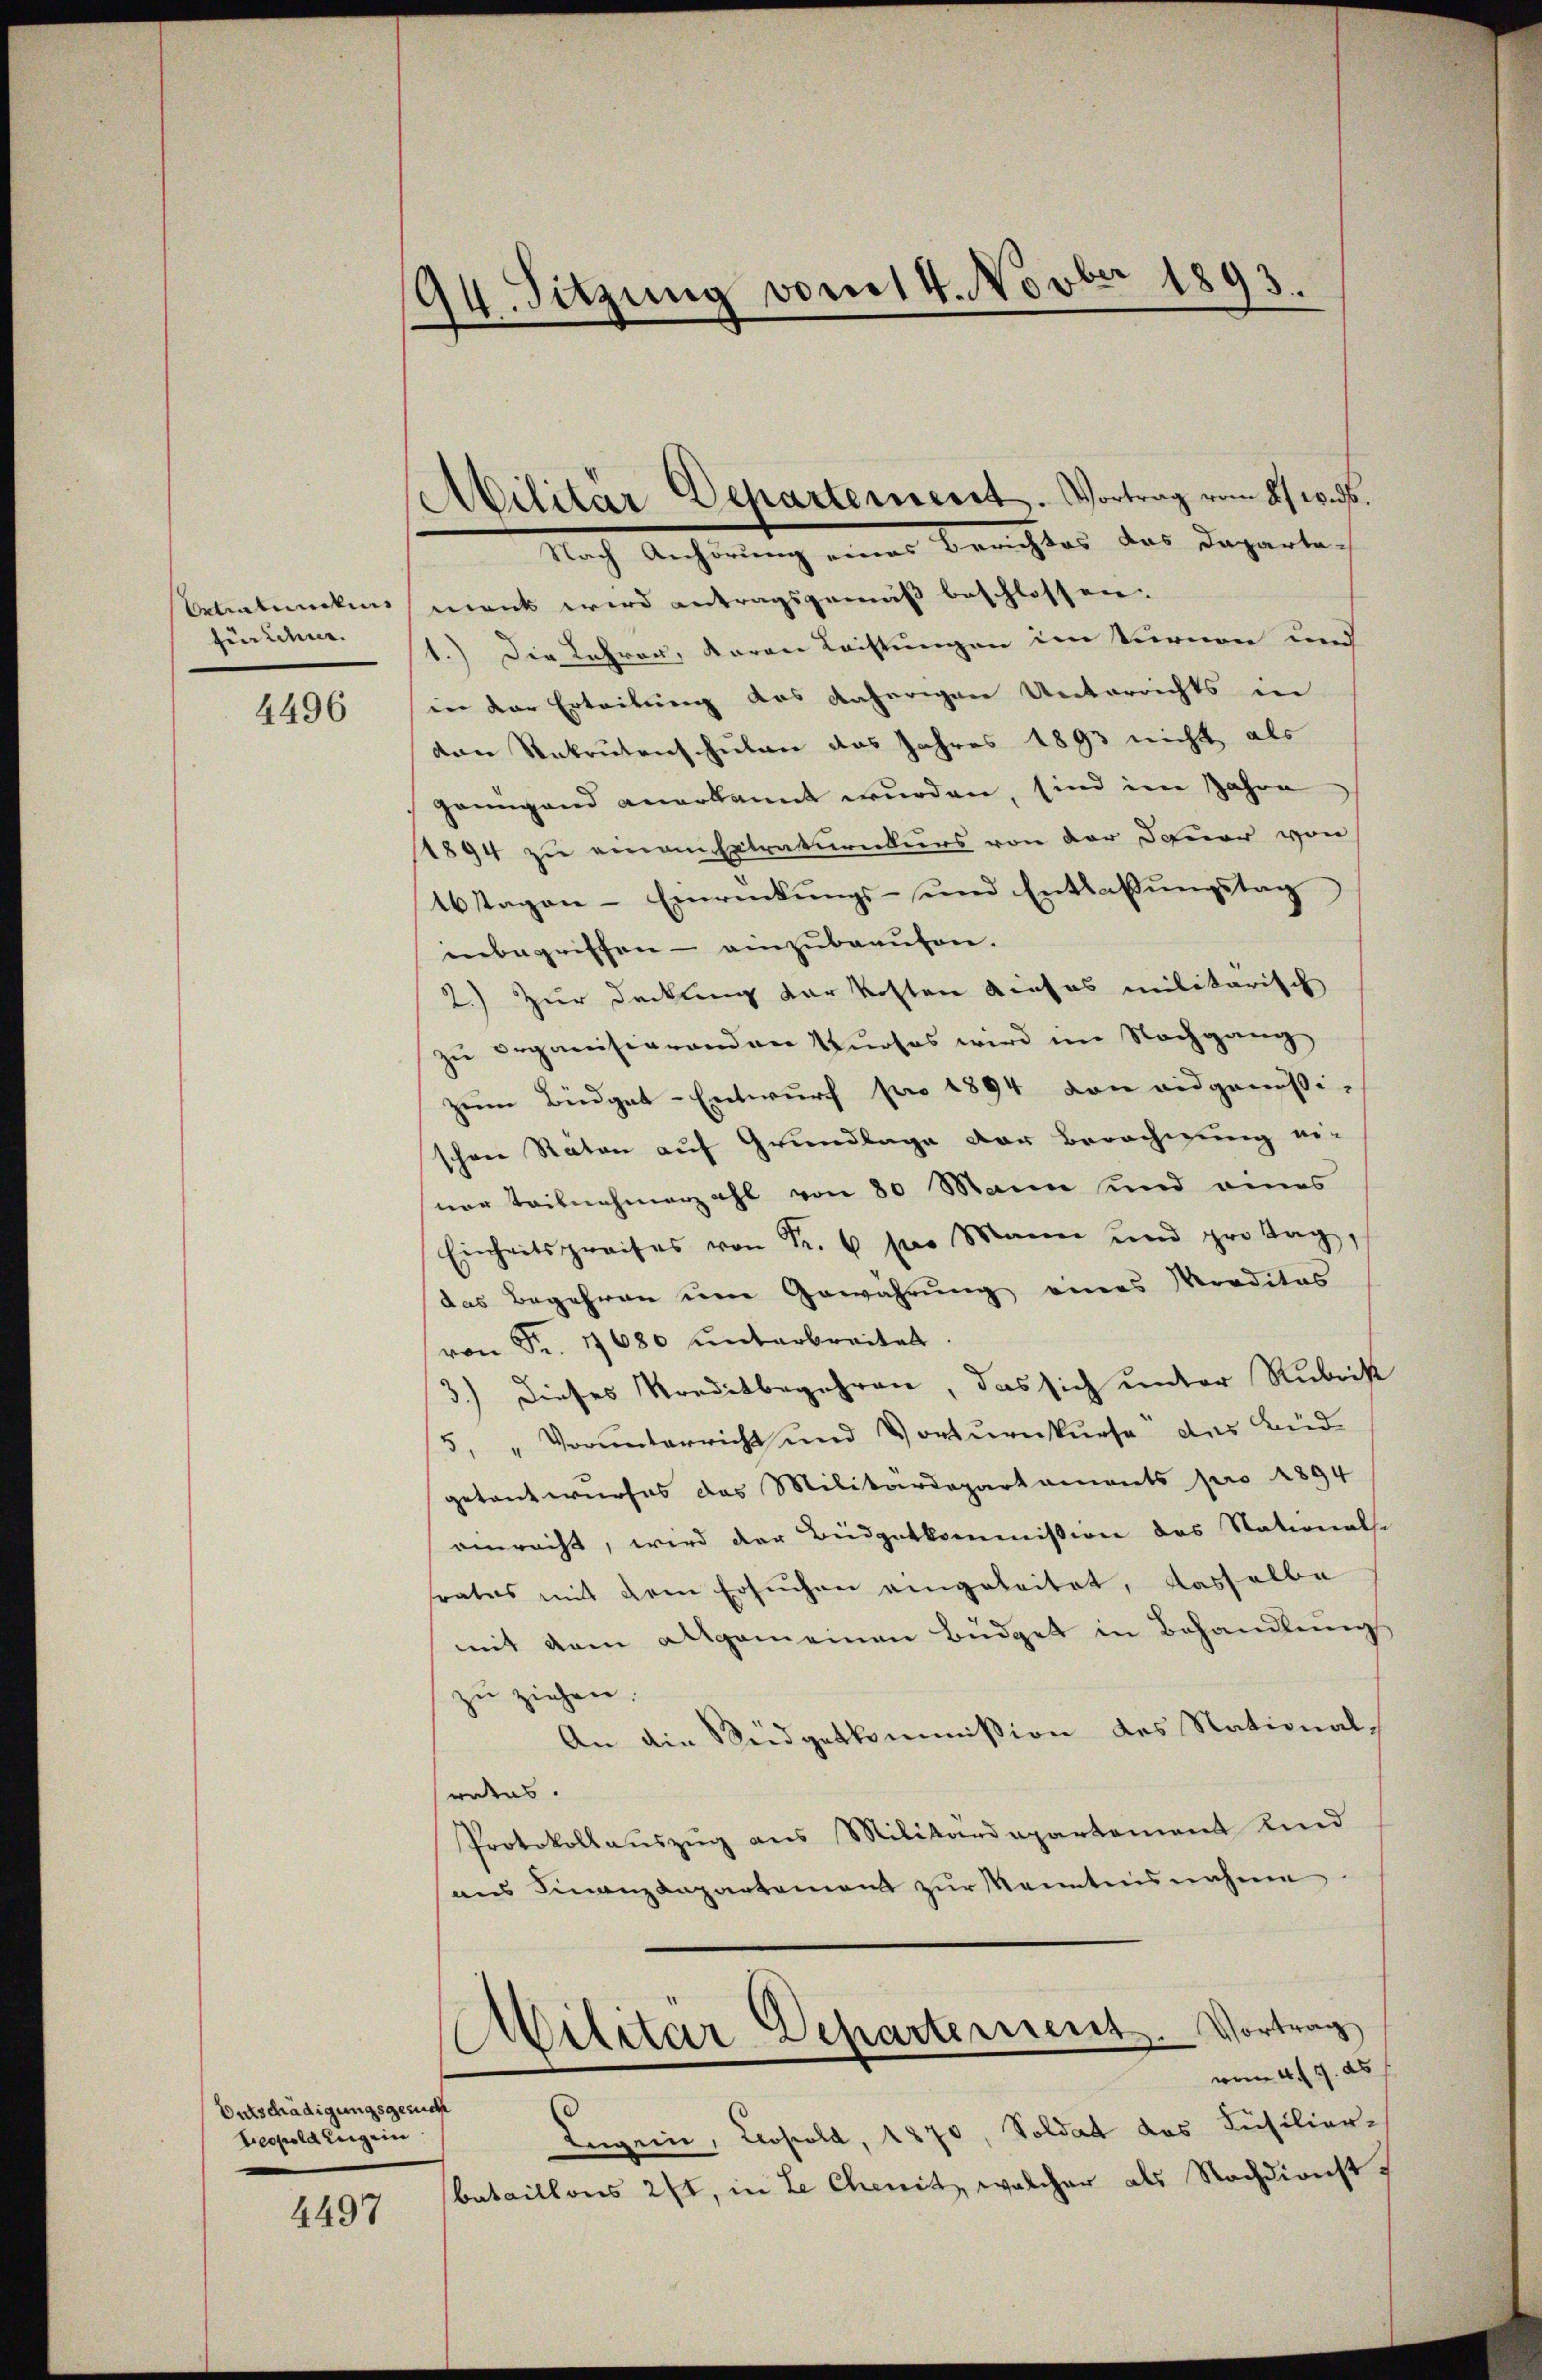
Extratungens
fürcher.

4496

Entschädigungsgesuch
Leopold zeigen

4497

194. Sitzung vom 14. Novber 1893.

Militär Departement. Vortrag vom 8. w. d.

Nach Anhörung einer Berichtes des Departe,
mank wird antragsgemäß beschlossen.
1.) Die Lehren, daran Leistungen im Vernen und
in der Erleitung des daherigen Unterrichts in
den Rekrutenschulen das Jahres 1893 nicht als
gringend anerkannt wurden, sind im Jahre
1894 zu einanstraturnkurs von der Dauer von
16stagen-Einrückŭngs- und Entlassŭngstag
inbegriffen - einzubaaufen.
2.) Zur Deckung der kosten dieses militarisch
zu organisierenden Kurses wird im Nachgang
zum Biedgat-Entwurf pro 1894 von eidgenößischon Räten auf Grundlage der Berachigung ei-
ner Teilnehmerzahl von 80 Mann und eines
Einheitspreises von Fr. 6 pro Mann und protag,
das Begehren um Gewährung eines Mraditas
von Fr. 1680 unterbreitet
3.) Dieses Kreditbegehren, das sich unter Rubrist
5, "Vorunterricht und Vorzurnkurse des Bud
getantwurfes das Militärdepartaments pro 1894
eeracht, wird der Beidgetkommission des Stationalse
srates mit dem Ersuchen eingeleitet, dasselbe
mit dem allgemeinen Büdget in Behandlungs
zu ziehen.
An die Reidgetkommission des Nationalrates.
Protokollauszug aus Militärdepartement und
ans Finanzanpartement zŭr Kenntensnahme
Militär Departement. Vortrag
vom 4. 9. ds
Engern, Leopold, 1870, Soldat des Füsilier-
bataillons 271, in Le choitz, welcher als Nachdienst